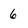
Character: 6